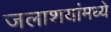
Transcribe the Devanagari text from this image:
जलाशयांमध्ये